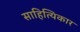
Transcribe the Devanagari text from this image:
साहित्यिकार